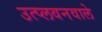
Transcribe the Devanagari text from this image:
उत्प्लवनवाले